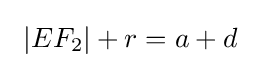
\ |EF_{2}|+r=a+d\